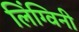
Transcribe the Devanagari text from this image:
लिंग्विनी